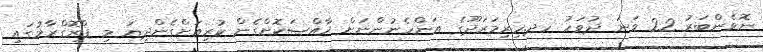
ނޮވެންބަރު 22 ވަނަ ދުވަހު ހދ.ހިރިމަރަދޫގެ އަންހެނުންނަށް ޚާއްޞަކޮށްގެން ކުރިއަށްގެންދިޔަ މި ޕްރޮގްރާމުގައި